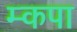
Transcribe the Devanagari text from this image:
म्कपा